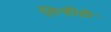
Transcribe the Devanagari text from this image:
तिन्हीही